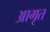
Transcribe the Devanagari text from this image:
आगृत